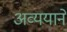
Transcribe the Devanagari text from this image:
अव्ययाने